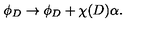
\phi _ { D } \rightarrow \phi _ { D } + \chi ( D ) \alpha .